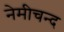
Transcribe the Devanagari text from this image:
नेमीचन्द